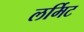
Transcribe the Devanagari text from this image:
लर्मिट